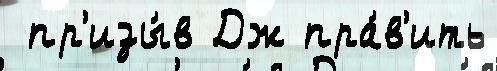
 пр'изы́в Дж пра́в'ить